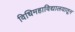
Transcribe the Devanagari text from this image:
विधिमहाविद्यालयातून